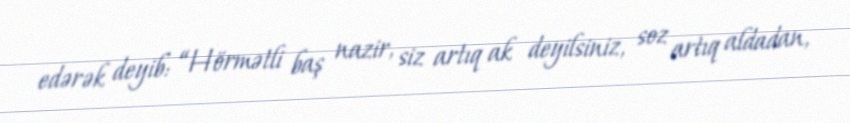
edərək deyib: “Hörmətli baş nazir, siz artıq ak deyilsiniz, soz artıq aldadan,